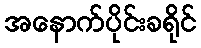
အနောက်ပိုင်းခရိုင်